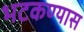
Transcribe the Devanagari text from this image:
भटकण्यास